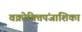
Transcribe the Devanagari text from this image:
वक्रोक्तिपंजाशिका